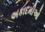
અકાદમીઓ